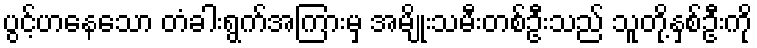
ပွင့်ဟနေသော တံခါးရွက်အကြားမှ အမျိုးသမီးတစ်ဦးသည် သူတို့နှစ်ဦးကို